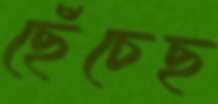
ছেঁচেছ